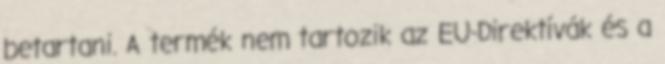
betartani. A termék nem tartozik az EU-Direktívák és a